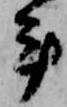
手